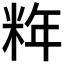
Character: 𰪹